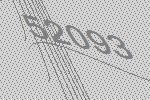
52093